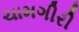
ચામગીરી